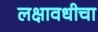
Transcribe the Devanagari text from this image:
लक्षावधीचा